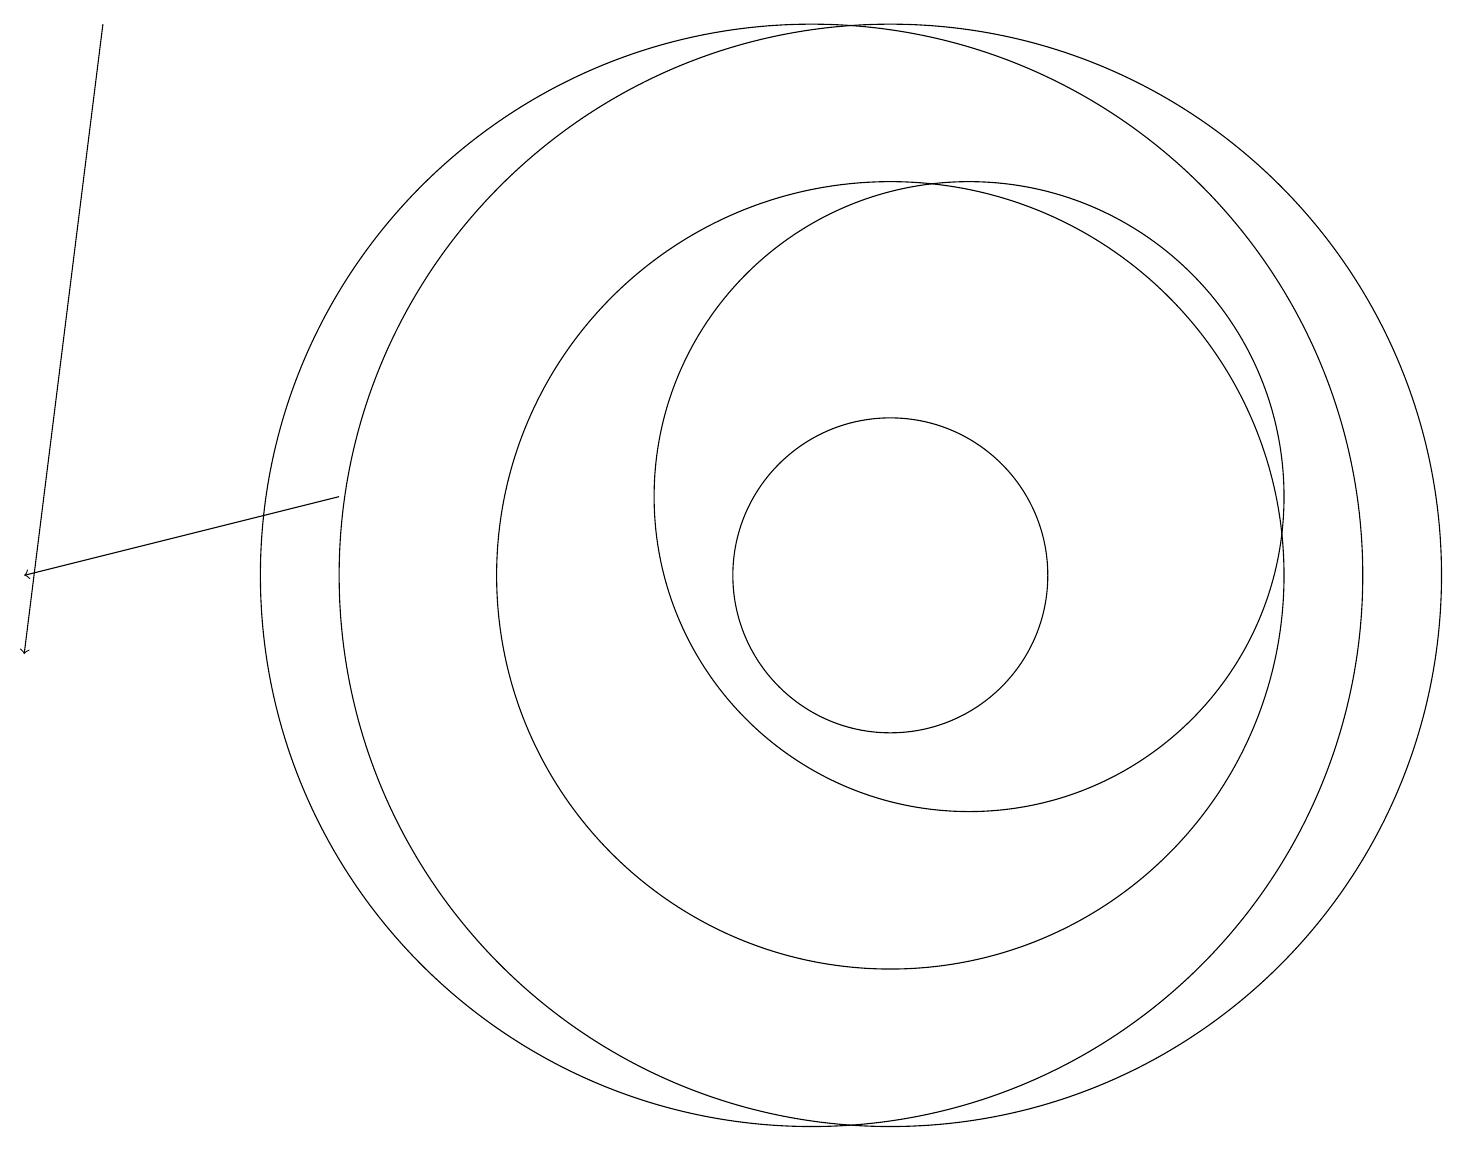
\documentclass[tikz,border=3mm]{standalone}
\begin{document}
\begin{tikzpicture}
\draw[->] (4,12) -- (0,11);
\draw (11,11) circle (5);
\draw[->] (1,18) -- (0,10);
\draw (10,11) circle (7);
\draw (12,12) circle (4);
\draw (11,11) circle (7);
\draw (11,11) circle (2);
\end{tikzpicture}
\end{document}